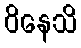
ဝိနေသိ